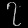
Digit: ၇